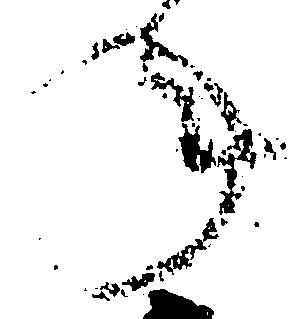
年